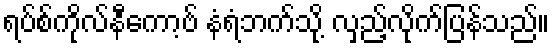
ရပ်စ်ကိုလ်နီကော့ဗ် နံရံဘက်သို့ လှည့်လိုက်ပြန်သည်။